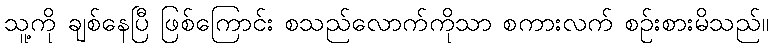
သူ့ကို ချစ်နေပြီ ဖြစ်ကြောင်း စသည်လောက်ကိုသာ စကားလက် စဉ်းစားမိသည်။